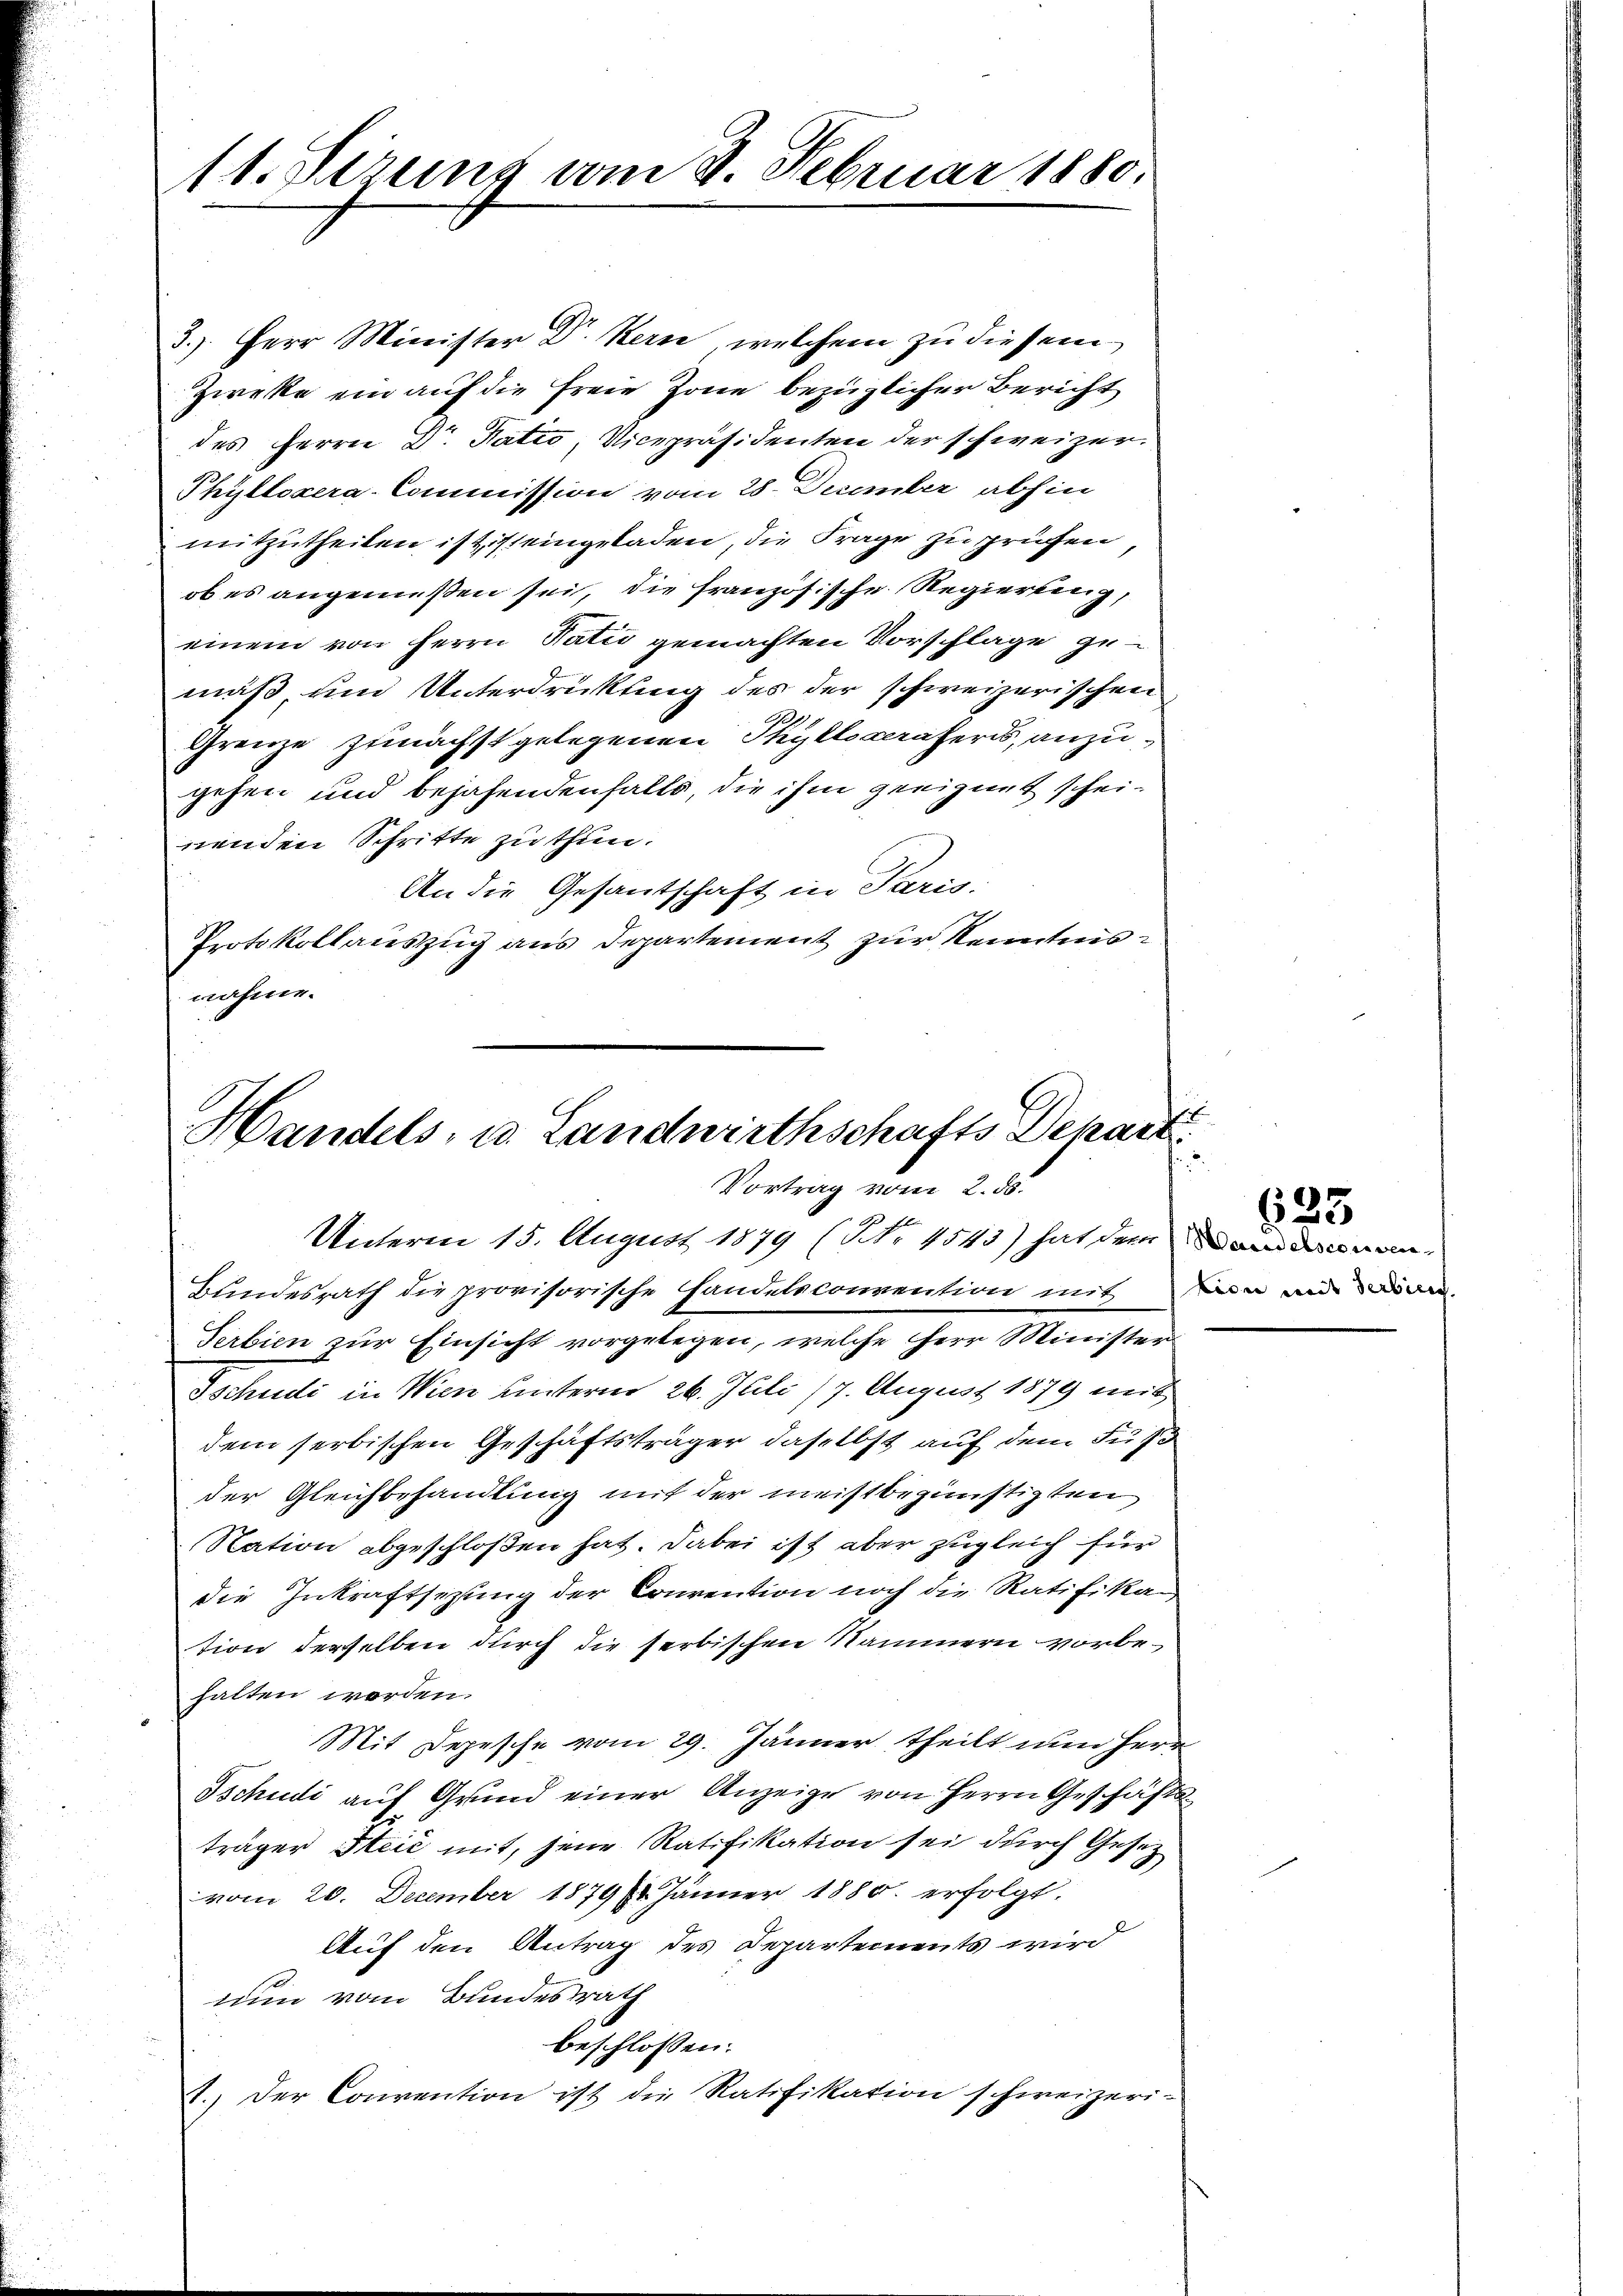
11. Sirung vom 8. Februar 1880.

3.) Herr Minister Dr. Kern, welchem zu diesem
Zwecke ein auf die freie Zone bezüglicher Bericht
des Herrn Dr. Ratio, Vicepräsidenten der schweizer¬
Phyllozera-Commission vom 28. December abhin
mitzutheilen ist, ist eingeladen, die Frage zu prüfen,
ob es angemeßen sei, die französische Regierung,
einem von Herrn Natio gemachten Vorschläge ge-
mäß, und Unterdrückung des der schweizerischen
Grenze zunächst gelegenen Phyllederaters, anzugehen und bejahendenfalls, die ihm geeignet scheinenden Schritte zu thun.
An die Gesantschaft in Paris.
Protokollauszug aus Departement zur Kenntnisnahme.

Handels- u. Landwirthschafts Dekanz
Vortrag vom 2. ds.

Unterm 15. August 1879 (Nr. 4543) hat dem am man
Bundesrath die provisorische Handelsconvention mit von und die
Serbien zur Einsicht vorgelegen, welche Herr Minister
Tschudi in Wien unterm 26. Juli 17. August 1879 mit
dem serbischen Geschäftsträger daselbst auf dem Fuss
der Gleichbehandlung mit der meistbegünstigten
Nation abgeschloßen hat. Dabei ist aber zugleich für
die Inkraftsezung der Convention noch die Ratifikan
tion derselben durch die serbischen Nammern vorbehalten worden.
Mit Depesche vom 29. Jänner, theilt nun Herr
Tschudi auf Grund einer Anzeige von Herrn Geschäfts
träger Steić mit, seine Ratifikation sei durch Gesez
vom 20. December 1879 (1 Jänner 1880. erfolgt.
Auf den Antrag des Departements wird
nun vom Bundesrath
beschlossen:
1.) Der Convention ist die Ratifikation schweizeri-

623.